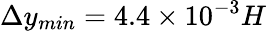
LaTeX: \Delta y_{min}=4.4\times 10^{-3}H